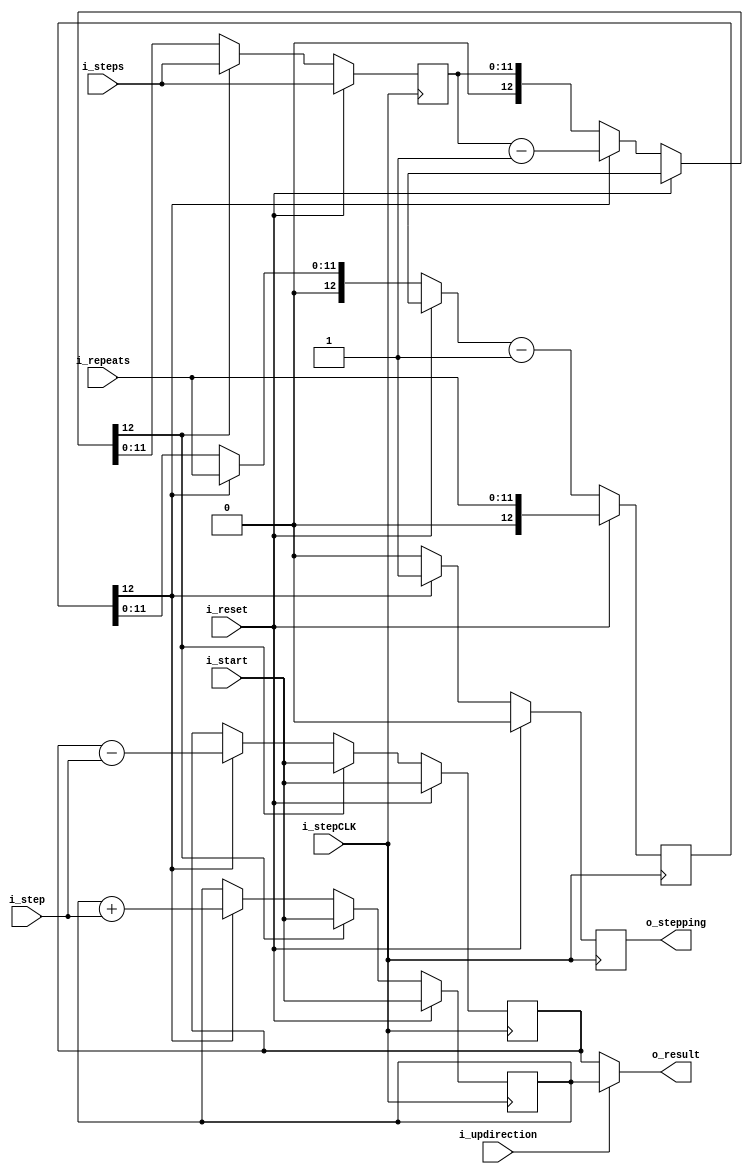
`default_nettype none
/*
TODO support later triangle vs sawtooth (not really meaningful? get same flow delay)
*/
module sweep(
	input i_stepCLK,
	input i_reset,
	input i_updirection,
	input [11:0]i_start, //12bit DAC
	input [11:0]i_step,
	input [11:0]i_steps,
	input [11:0]i_repeats,//How many points to wait on one vc
	output [11:0]o_result,
	output o_stepping);

//fatal error: failed to place: placed 493 LCs of 1415 / 1280

reg [12:0]rptCounter=0;
reg [12:0]stepCounter=0;
reg [11:0]resultUp=0;
reg [11:0]resultDown=0;

reg stepping=0;

always @ (posedge i_stepCLK) begin

	if (i_reset) begin
		stepCounter={1'b0,i_steps};
		rptCounter={1'b0,i_repeats};
		resultUp=i_start;
		resultDown=i_start;
		stepping=0;
	end else begin
		if (rptCounter[12]==1) begin //repeats rolled over, step
			resultUp=resultUp+i_step;
			resultDown=resultDown-i_step;
			rptCounter={1'b0,i_repeats};
			stepCounter--;
			stepping=1;
		end else begin
			stepping=0;
		end
		rptCounter--;
		if (stepCounter[12]==1)begin//Steps are done
			stepCounter={1'b0,i_steps};
			resultUp=i_start;
			resultDown=i_start;
		end
	end
end

assign o_result=i_updirection?resultUp:resultDown;
assign o_stepping=stepping;
endmodule